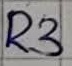
Text: R3